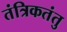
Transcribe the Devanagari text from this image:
तंत्रिकतंतु